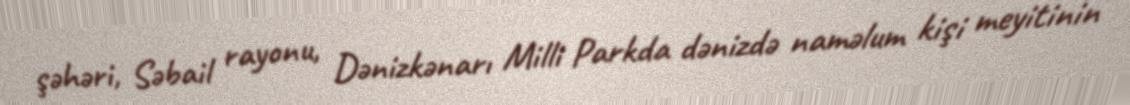
şəhəri, Səbail rayonu, Dənizkənarı Milli Parkda dənizdə naməlum kişi meyitinin